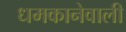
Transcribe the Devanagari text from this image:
धमकानेवाली